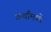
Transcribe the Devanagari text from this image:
अर्थांमध्ये